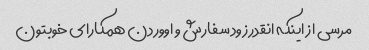
مرسی از اینکه انقدر زود سفارش و اووردن همکارای خوبتون